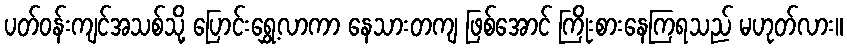
ပတ်ဝန်းကျင်အသစ်သို့ ပြောင်းရွှေ့လာကာ နေသားတကျ ဖြစ်အောင် ကြိုးစားနေကြရသည် မဟုတ်လား။